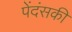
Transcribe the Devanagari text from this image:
पेंदंसकी